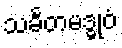
သင်္ခတမဒ္ဓုဝံ